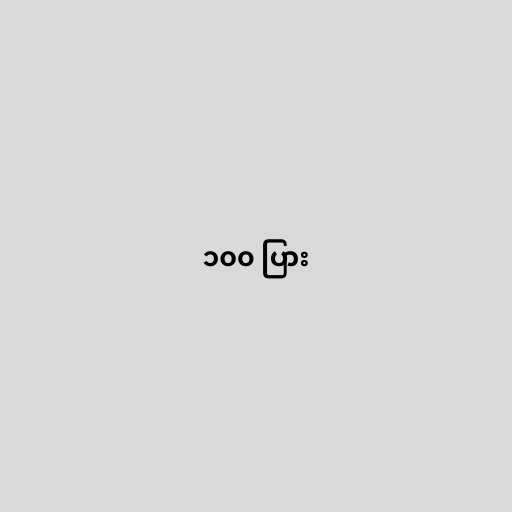
၁၀၀ ပြား